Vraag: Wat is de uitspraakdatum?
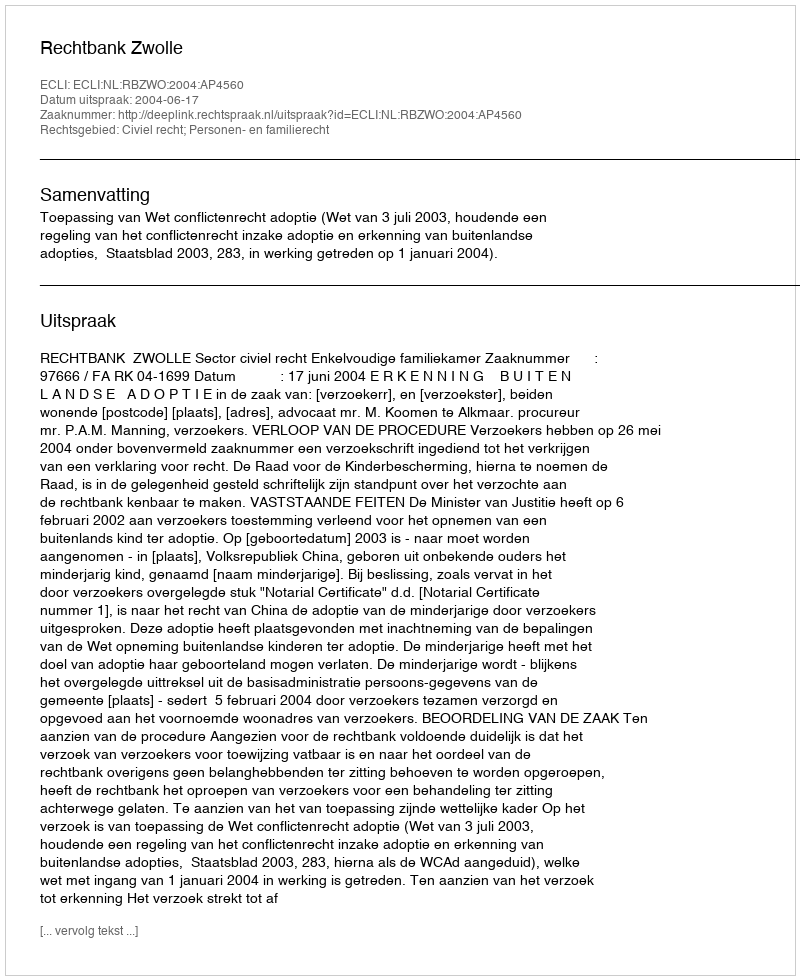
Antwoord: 2004-06-17